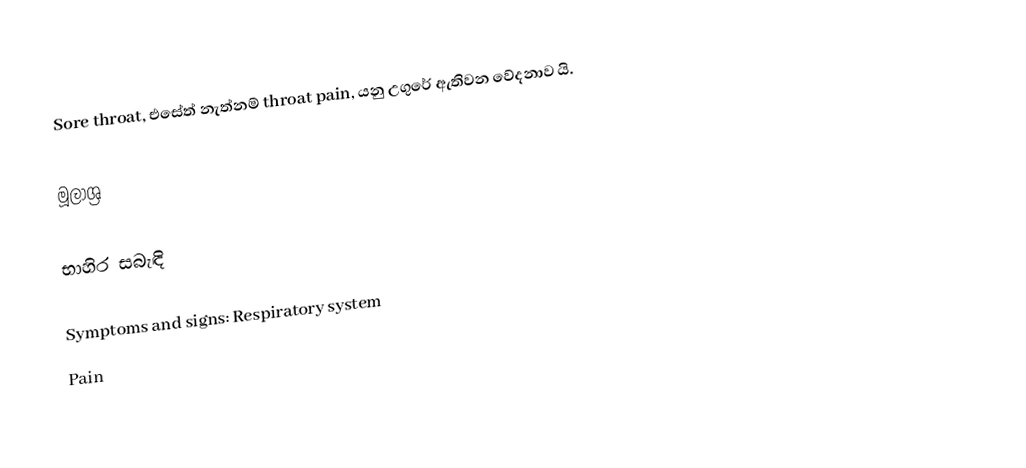
Sore throat, එසේත් නැත්නම් throat pain, යනු උගුරේ ඇතිවන වේදනාව යි.

මූලාශ්‍ර

භාහිර සබැඳි

Symptoms and signs: Respiratory system
Pain